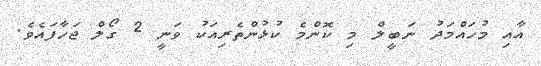
އާއި މުހައްމަދު ނަބީލް މި ކޮންމެ ކުޅުންތެރިއަކު ވަނީ 2 ގޯލް ޖަހާފައެވެ.